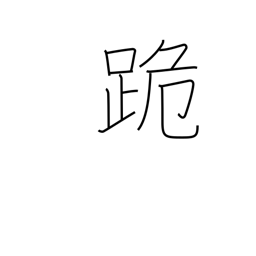
Meaning: kneel